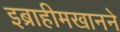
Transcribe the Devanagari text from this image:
इब्राहीमखानने